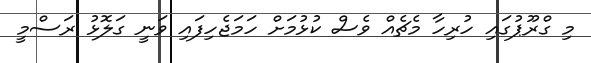
މި ގްރޫޕުގައި ހުރިހާ މެޗެއް ވެސް ކުޅުމަށް ހަމަޖެހިފައި ވަނީ ގަލޮޅު ރަސްމީ